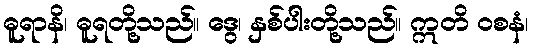
ဓူရာနိ၊ ဓူရတို့သည်။ ဒွေ၊ နှစ်ပါးတို့သည်။ ဣတိ ဝစနံ၊